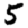
Digit: 5